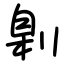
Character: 㓷